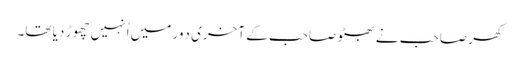
کھر صاحب نے بھٹو صاحب کے آخری دَور میں اُنہیں چھوڑ دِیا تھا۔